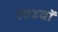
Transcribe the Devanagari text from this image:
२७४वॉ